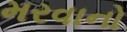
મરવાનો